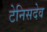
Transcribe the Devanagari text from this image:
टेनिसदेव